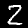
Digit: 2